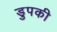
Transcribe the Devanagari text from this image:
डुपकी